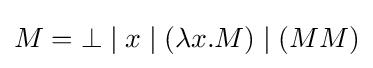
M=\bot \mid x\mid (\lambda x.M)\mid (MM)